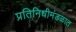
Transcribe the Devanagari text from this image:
प्रतिनिधीमंडळात